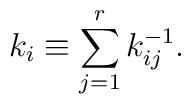
k_i \equiv \sum_{j=1}^r k^{-1}_{ij}.